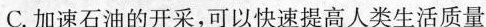
C.加速石油的开采，可以快速提高人类生活质量